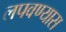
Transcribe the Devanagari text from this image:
लपवण्यास